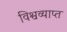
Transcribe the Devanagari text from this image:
विश्वव्याप्त